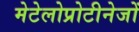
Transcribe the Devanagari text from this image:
मेटेलोप्रोटीनेजों